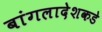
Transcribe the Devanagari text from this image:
बांगलादेशकडे